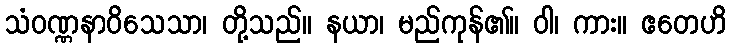
သံဝဏ္ဏနာဝိသေသာ၊ တို့သည်။ နယာ၊ မည်ကုန်၏။ ဝါ၊ ကား။ ဧတေဟိ